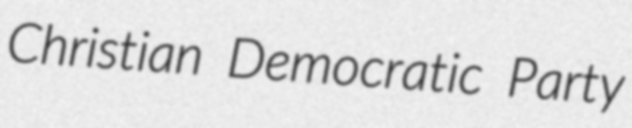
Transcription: Christian Democratic Party